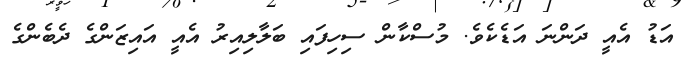
އަޑު އެއީ ދަންނަ އަޑެކެވެ. މުސްކާން ސިހިފައި ބަލާލިއިރު އެއީ އައިޒަންގެ ދެބެންގެ